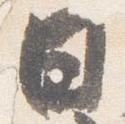
日